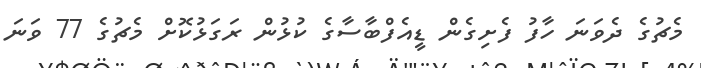
މެޗުގެ ދެވަނަ ހާފު ފެށިގެން ޑީއެފްބާސާގެ ކުޅުން ރަގަޅުކޮށް މެޗުގެ 77 ވަނަ